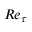
R e _ { \tau }